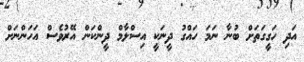
އަދި ހަގީގަތަށް ބުނާ ނަމަ ހައްގު ދީނަކީ އިސްލާމް ދީންކަން އޭރުވެސް އަހަންނަށް